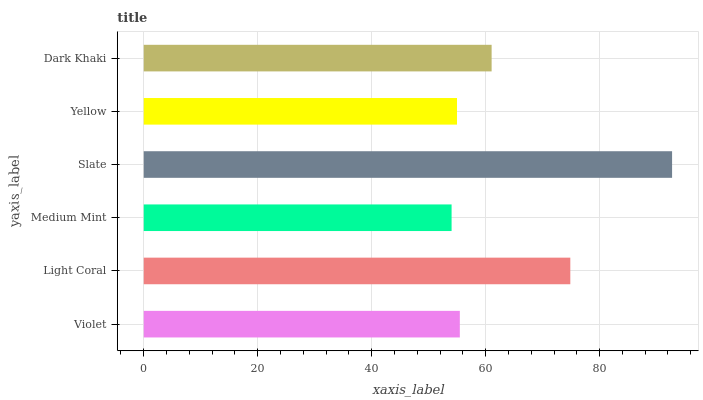
| yaxis_label | bars |
 | --- | --- |
 | Violet | 55.5 |
 | Light Coral | 74.9 |
 | Medium Mint | 54 |
 | Slate | 92.7 |
 | Yellow | 55 |
 | Dark Khaki | 61 |